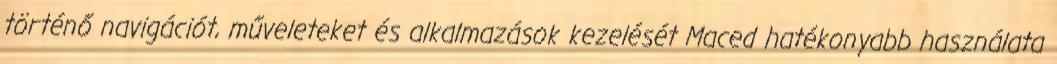
történő navigációt, műveleteket és alkalmazások kezelését Maced hatékonyabb használata